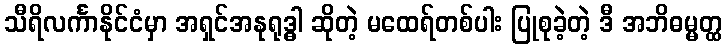
သီရိလင်္ကာနိုင်ငံမှာ အရှင်အနုရုဒ္ဓါ ဆိုတဲ့ မထေရ်တစ်ပါး ပြုစုခဲ့တဲ့ ဒီ အဘိဓမ္မတ္ထ